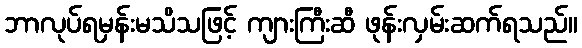
ဘာလုပ်ရမှန်းမသိသဖြင့် ကျားကြီးဆီ ဖုန်းလှမ်းဆက်ရသည်။